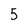
Character: 5